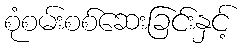
စုံစမ်းစစ်ဆေးခြင်းနှင့်